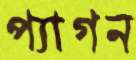
প্যাগন